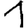
Digit: 1